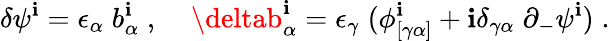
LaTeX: \delta\psi^{\mathbf{i}}=\epsilon_{\alpha}\; b_{\alpha}^{\mathbf{i}}\; ,\; \; \; \; \deltab_{\alpha}^{\mathbf{i}}=\epsilon_{\gamma}\; (\phi_{[\gamma\alpha]}^{\mathbf{i}}+\mathbf{i}\delta_{\gamma\alpha}\; \partial_{-}\psi^{\mathbf{i}})\; .